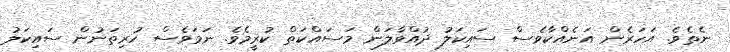
ނެތެވެ. އަހަރެން އަނެއްކާވެސް ސައިކަލު ދުއްވާލަން މަސައްކަތް ކުރީމެވެ. ނަމަވެސް ހުރިތަނުން ސައިކަލު